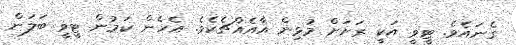
ގެނައެވެ. ޓީވީ އަކީ ރަށަށް މުޅިން އާއެއްޗެކެވެ. އެހެން ކަމުން ޓީވީ ބަލަން